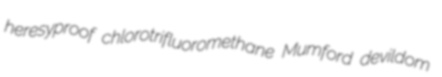
heresyproof chlorotrifluoromethane Mumford devildom